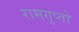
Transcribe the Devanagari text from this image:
रामगुप्तो